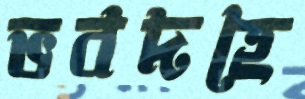
ভবদহে